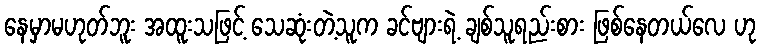
နေမှာမဟုတ်ဘူး အထူးသဖြင့် သေဆုံးတဲ့သူက ခင်ဗျားရဲ့ ချစ်သူရည်းစား ဖြစ်နေတယ်လေ ဟု